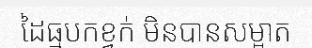
ដៃធ្មបកខ្វក់ មិនបានសម្អាត